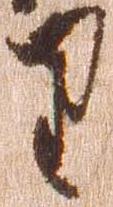
り